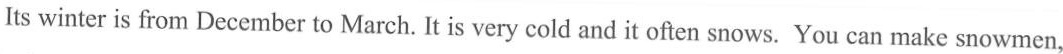
Its winter is from December to March. It is very cold and it often snows. You can make snowmen,